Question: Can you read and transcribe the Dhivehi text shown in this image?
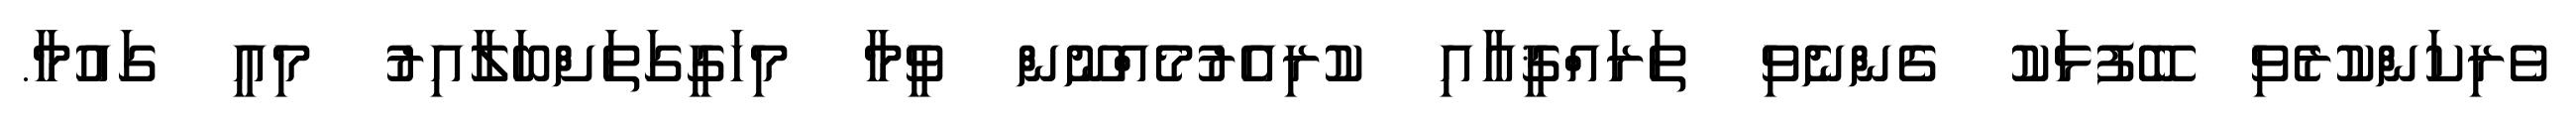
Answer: ވެރިކަންކުރެވި ބޭފުޅަކު ގެންނެވި ތަރައްޤީއާއި ކުރިއެރުމެއްނޫން ވީމާ މިހަގީގަތަށްބަލާއިރު މިއީ ގައުމާ.